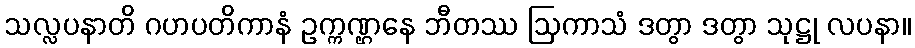
သလ္လပနာတိ ဂဟပတိကာနံ ဥက္ကဏ္ဌနေ ဘီတဿ ဩကာသံ ဒတွာ ဒတွာ သုဋ္ဌု လပနာ။